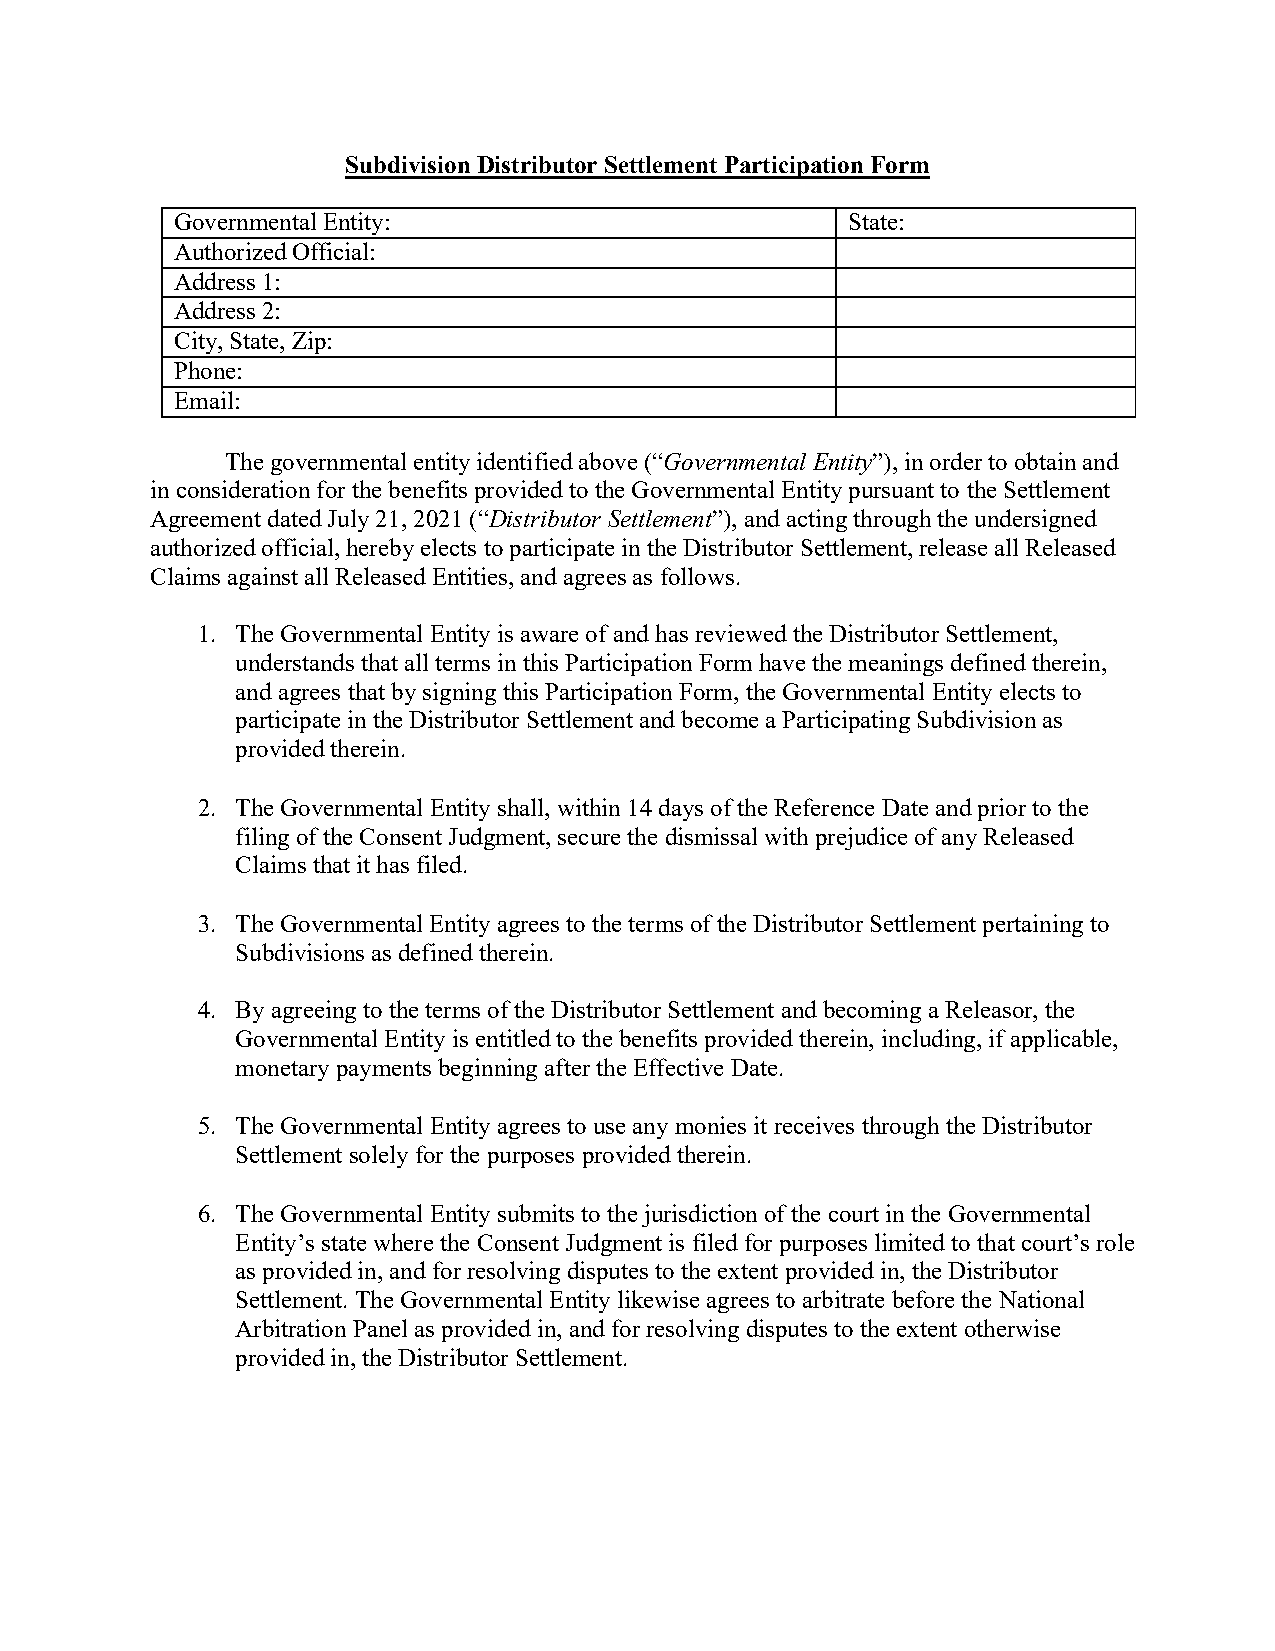
Subdivision Distributor Settlement Participation Form
 Governmental Entity:                        State:
 Authorized Official:
 Address 1:
 Address 2:
 City, State, Zip:
 Phone:
 Email:
 The governmental entity identified above (“Governmental Entity”), in order to obtain and
 in consideration for the benefits provided to the Governmental Entity pursuant to the Settlement
 Agreement dated July 21, 2021 (“Distributor Settlement”), and acting through the undersigned
 authorized official, hereby elects to participate in the Distributor Settlement, release all Released
 Claims against all Released Entities, and agrees as follows.
 1. The Governmental Entity is aware of and has reviewed the Distributor Settlement,
 understands that all terms in this Participation Form have the meanings defined therein,
 and agrees that by signing this Participation Form, the Governmental Entity elects to
 participate in the Distributor Settlement and become a Participating Subdivision as
 provided therein.
 2. The Governmental Entity shall, within 14 days of the Reference Date and prior to the
 filing of the Consent Judgment, secure the dismissal with prejudice of any Released
 Claims that it has filed.
 3. The Governmental Entity agrees to the terms of the Distributor Settlement pertaining to
 Subdivisions as defined therein.
 4. By agreeing to the terms of the Distributor Settlement and becoming a Releasor, the
 Governmental Entity is entitled to the benefits provided therein, including, if applicable,
 monetary payments beginning after the Effective Date.
 5. The Governmental Entity agrees to use any monies it receives through the Distributor
 Settlement solely for the purposes provided therein.
 6. The Governmental Entity submits to the jurisdiction of the court in the Governmental
 Entity’s state where the Consent Judgment is filed for purposes limited to that court’s role
 as provided in, and for resolving disputes to the extent provided in, the Distributor
 Settlement. The Governmental Entity likewise agrees to arbitrate before the National
 Arbitration Panel as provided in, and for resolving disputes to the extent otherwise
 provided in, the Distributor Settlement.